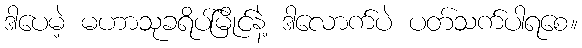
ဒါပေမဲ့ မဟာသုခရိပ်မြိုင်နဲ့ ဒါလောက်ပဲ ပတ်သက်ပါရစေ။